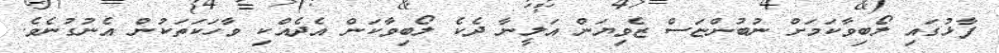
ފާޅުގައި ލޯބިވާކަމަށް ނުބުންޏަސް ޒެވިޔަން އަލީނާ ދެކެ ލޯބިވާކަން އެދެއްކި ވާހަކަތަކުން އެނުގުނެވެ.